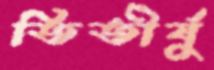
তিতীর্ষু